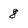
Character: 8